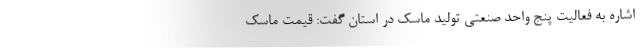
اشاره به فعالیت پنج واحد صنعتی تولید ماسک در استان گفت: قیمت ماسک